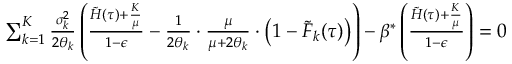
\begin{array} { r } { \sum _ { k = 1 } ^ { K } \frac { \sigma _ { k } ^ { 2 } } { 2 \theta _ { k } } \left( \frac { \tilde { H } ( \tau ) + \frac { K } { \mu } } { 1 - \epsilon } - \frac { 1 } { 2 \theta _ { k } } \cdot \frac { \mu } { \mu + 2 \theta _ { k } } \cdot \left( 1 - \tilde { F } _ { k } ( \tau ) \right) \right) - \beta ^ { * } \left( \frac { \tilde { H } ( \tau ) + \frac { K } { \mu } } { 1 - \epsilon } \right) = 0 } \end{array}